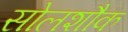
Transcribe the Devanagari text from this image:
सोलशौक